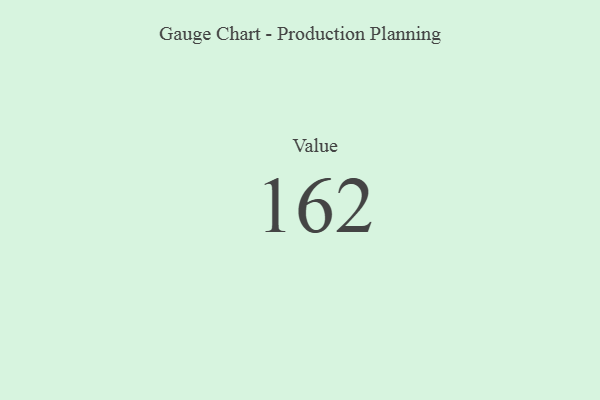
{"axis": {"x": "Metric", "y": "Value"}, "legend": [""], "data": [{"x": "Value", "y": 162, "type": ""}]}